Materia medica of Madras volume I
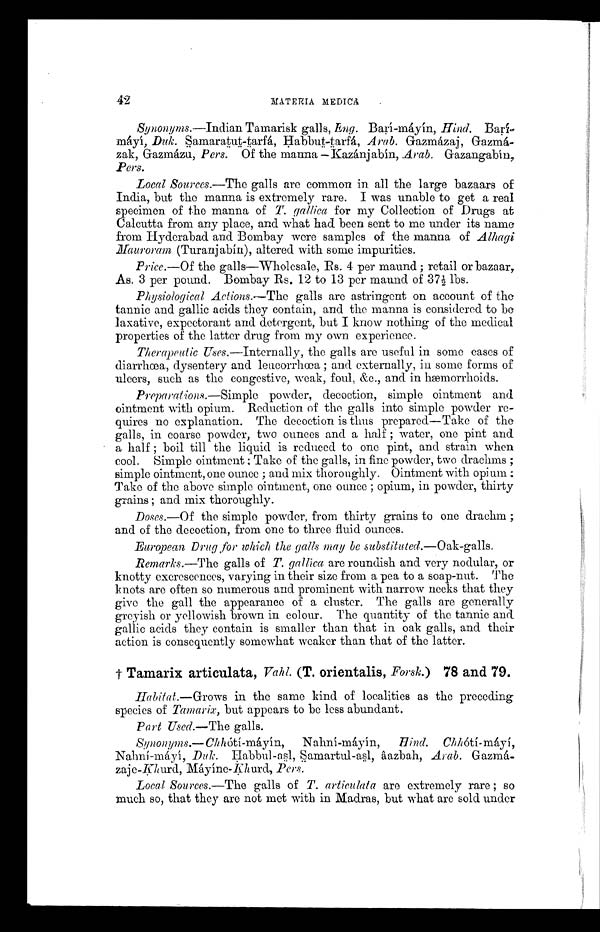
MATERIA MEDICA
Synonyms.—Indian Tamarisk galls, ENg. Barí-máyín, Hind.
Barímáyi, Duk. Samaratut-tarfá, Habbut-tarfá, Arab. Gazmázaj,
G a z m á - z a k , G a z m á z u ,
P e r s .
O f t h e m a n n a — K a z á n j a b í n ,A
r a b .
G a z a n g a b i n ,
Pers.
Local Sources.—The galls are common in all the large bazaars of
India, but the manna is extremely rare. I was unable to get a real
specimen of the manna of T. gallica for my Collection of Drugs at
Calcutta from any place, and what had been sent to me under its name
from Hyderabad and Bombay were samples of the manna of Alhagi
Mauroram (Turanj abin), altered with some impurities.
Price.—Of the galls—Wholesale, Bs. 4 per maund ; retail or bazaar,
As. 3 per pound. Bombay Rs. 12 to 13 per maund of 37½ lbs.
Physiological Actions.—The galls are astringent on account of the
tannic and gallic acids they contain, and the manna is considered to be
laxative, expectorant and detergent, but I know nothing of the medical
properties of the latter drug from my own experience.
Therapeutic Uses.—Internally, the galls are useful in some cases of
diarrhoea, dysentery and leneorrhœa ; and externally, in some forms of
ulcers, such as the congestive, weak, foul, &c., and in hœmorrhoids.
Preparations.—Simple powder, decoction, simple ointment and
ointment with opium. Reduction of the galls into simple powder re-
quires no explanation. The decoction is thus prepared—Take of the
galls, in coarse powder, two ounces and a half ; water, one pint and
a half ; boil till the liquid is reduced to one pint, and strain when
cool. Simple ointment ; Take of the galls, in fine powder, two drachms ;
simple ointment, one ounce ; and mix thoroughly. Ointment with opium
Take of the above simple ointment, one ounce ; opium, in powder, thirty
grains ; and mix thoroughly.
Doses.—Of the simple powder, from thirty grains to one drachm ;
and of the decoction, from one to three fluid ounces.
European Drug ,for which. the galls may be substituted.—Oak-galls.
Remarks.—The galls of T. gallica are roundish and very nodular, or
knotty excrescences, varying in their size from a pea to a soap-nut. The
knots are often so numerous and prominent with narrow necks that they
give the gall the appearance of a cluster. The galls are generally
greyish or yellowish brown in colour. The quantity of the tannic and
gallic acids they contain is smaller than that in oak galls, and their
action is consequently somewhat weaker than that of the latter.
† Tamarix articulata, Vahl. (T. orientalis, Forsk.) 78 and 79.
Habitat.—Grows in the same kind of localities as the preceding
species of Tamarix, but appears to be less abundant.
Port Used.—The galls.
*Synonyms.—Chhótí-máyín, Nahní-máy ín, Hind. Chhótí- máí,
Nahní-máyí, Duk. Habbul-asl, Samartul-asl, âazbah, Arab. Gazmá-
zaje-Khurd, Máyíne-Khurd, Pers.
Local Sources.—The galls of T. articulata are extremely rare ; so
much so, that they are not met with in. Madras, but what are sold under